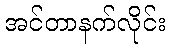
အင်တာနက်လိုင်း